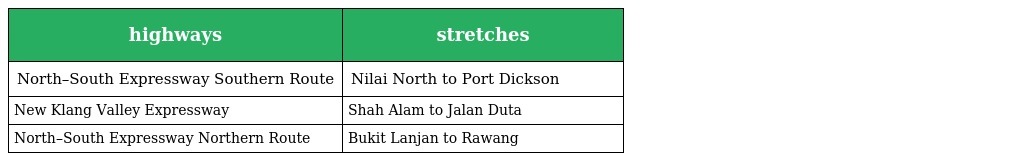
| highways | stretches |
 | --- | --- |
 | North–South Expressway Southern Route | Nilai North to Port Dickson |
 | New Klang Valley Expressway | Shah Alam to Jalan Duta |
 | North–South Expressway Northern Route | Bukit Lanjan to Rawang |